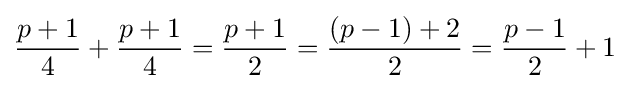
{\frac {p+1}{4}}+{\frac {p+1}{4}}={\frac {p+1}{2}}={\frac {(p-1)+2}{2}}={\frac {p-1}{2}}+1